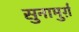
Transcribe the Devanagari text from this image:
सुनामुर्ग़